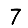
Digit: 7